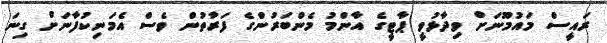
ރައީސް މައުމޫނަށް ވިދާޅުވީ ޕާޓީގެ އާންމު މެންބަރުންގެ ފަރާތުން ވެސް އެމަނިކުފާނަށް ގިނަ